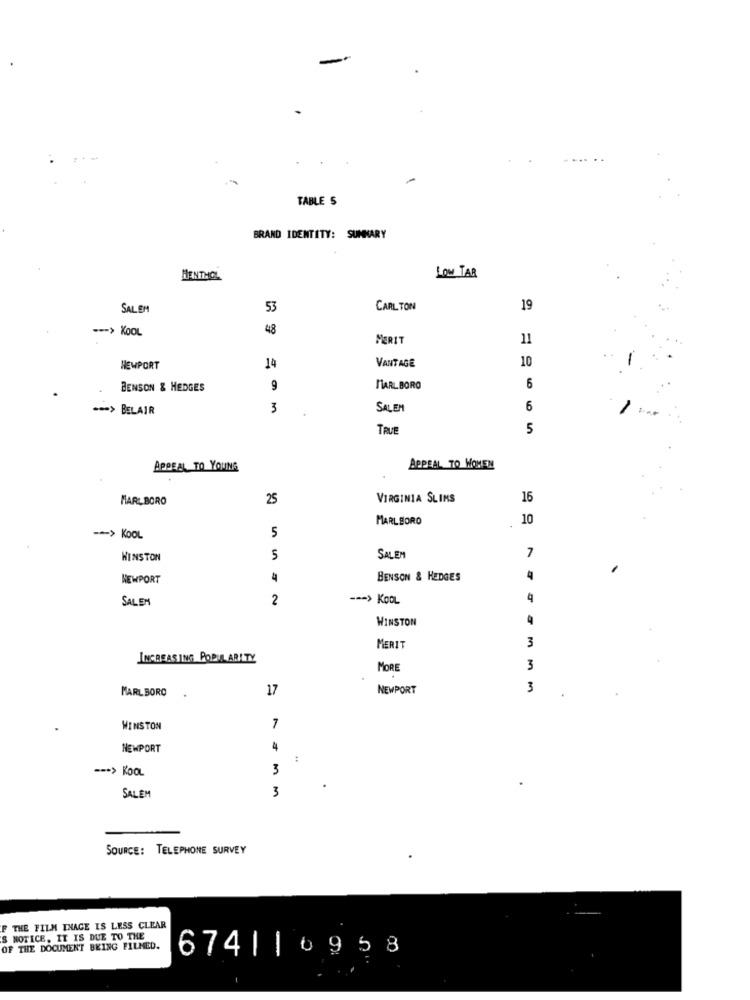
TABLE S
BRAND IDENTITY: SUMMARY
MENTHOL
LOW TAR
SALEM
53
CARL TON
19
--- > KOOL
48
MERIT
11
10
NEWPORT
14
VANTAGE
BENSON & HEDGES
9
MARLBORO
6
=== > BELAIR
3
SALEM
6
TRUE
5
APPEAL TO YOUNG
APPEAL TO WOMEN
MARLBORO
25
VIRGINIA SLIMS
16
MARLBORO
10
5
-- > KOOL
7
WINSTON
5
SALEM
NEWPORT
BENSON & HEDGES
SALEM
2
--- > KOOL
WINSTON
3
MERIT
INCREASING POPULARITY
MORE
3
MARLBORO
17
NEWPORT
3
WINSTON
NEWPORT
4
--* > KOOL
3
3
SALEM
SOURCE: TELEPHONE SURVEY
F THE FILM INAGE IS LESS CLEAR
S NOTICE, IT IS DUE TO THE
OF THE DOCUMENT BEING FILMED.
674| |0958